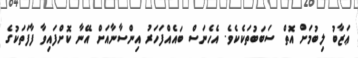
ޢަޒާބު ލިބުމަށް އޮތް ސަބަބުތަކެކެވެ. އެހެނަސް ބައެއްފަހަރު އިންސާނާއަށް އޭނާ ކޮށްފައިވާ ފާފަތަކުގެ